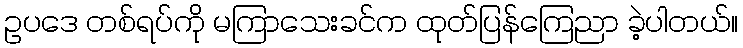
ဥပဒေ တစ်ရပ်ကို မကြာသေးခင်က ထုတ်ပြန်ကြေညာ ခဲ့ပါတယ်။